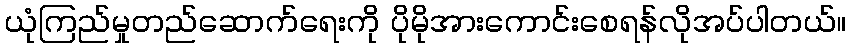
ယုံကြည်မှုတည်ဆောက်ရေးကို ပိုမိုအားကောင်းစေရန်လိုအပ်ပါတယ်။